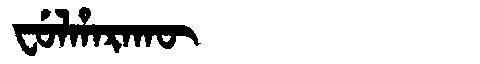
Manchu: ᠸᡠᠯᡥᠠᡵᠠᡴᡡ
Romanization: FULHARAKŪ